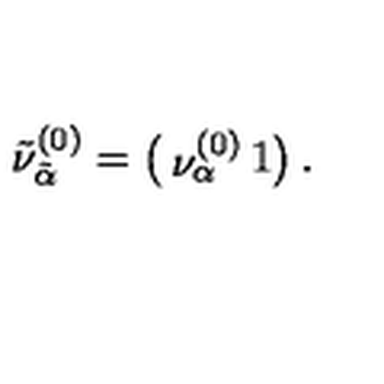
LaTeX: \tilde { \nu } _ { \tilde { \alpha } } ^ { ( 0 ) } = \left( \begin{matrix} { \nu _ { \alpha } ^ { ( 0 ) } } & { 1 } \\ \end{matrix} \right) .